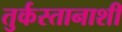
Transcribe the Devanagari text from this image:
तुर्कस्तानाशी